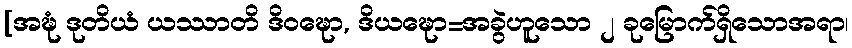
[အဍ္ဎံ ဒုတိယံ ယဿာတိ ဒိဝဍ္ဎော, ဒိယဍ္ဎော=အခွဲဟူသော ၂ ခုမြောက်ရှိသောအရာ၊